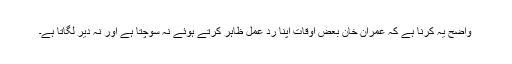
واضح یہ کرنا ہے کہ عمران خان بعض اوقات اپنا ردِ عمل ظاہر کرتے ہوئے نہ سوچتا ہے اور نہ دیر لگاتا ہے۔